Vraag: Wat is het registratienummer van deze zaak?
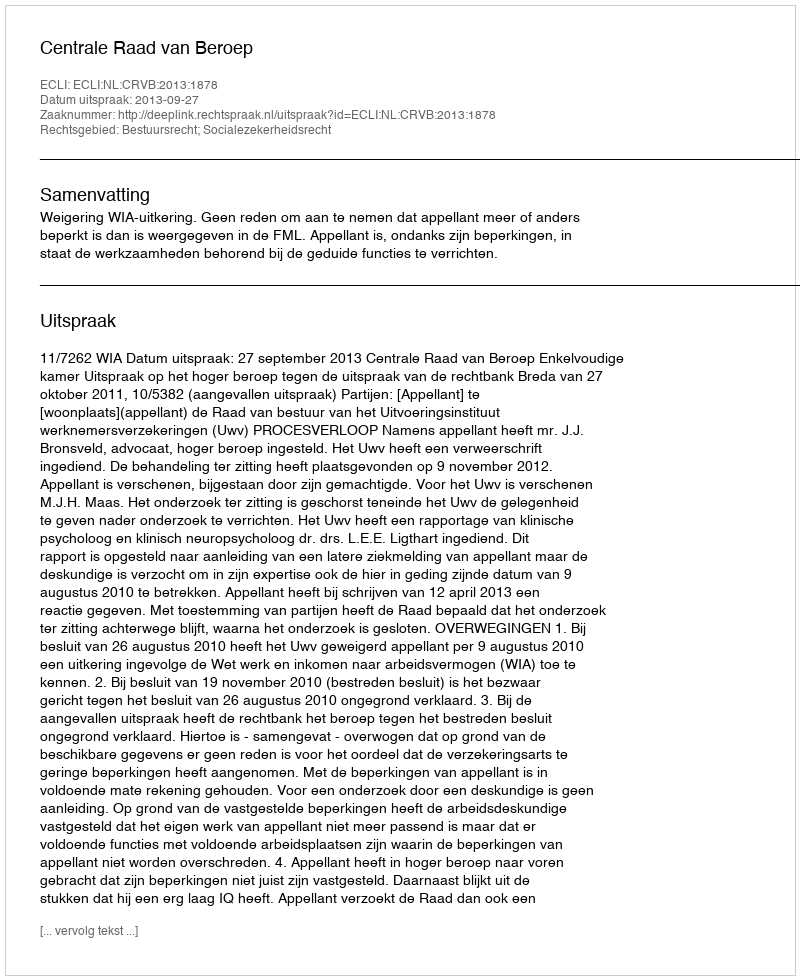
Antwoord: http://deeplink.rechtspraak.nl/uitspraak?id=ECLI:NL:CRVB:2013:1878